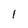
Character: 1